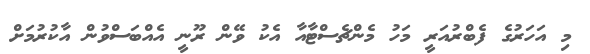
މި އަހަރުގެ ފެބްރުއަރީ މަހު މެންޗެސްޓާއާ އެކު ވޭން ރޫނީ އެއްބަސްވުން އާކުރުމަށް